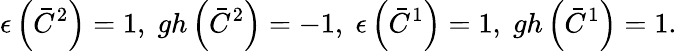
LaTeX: \epsilon\left(\bar{C}^{2}\right)=1,\; gh\left(\bar{C}^{2}\right)=-1,\; \epsilon\left(\bar{C}^{1}\right)=1,\; gh\left(\bar{C}^{1}\right)=1.